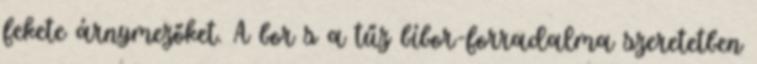
fekete árnymezőket. A bor s a tűz bíbor-forradalma szeretetben